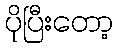
ပိုပြီးတော့